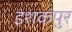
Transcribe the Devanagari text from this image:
इशकपुर